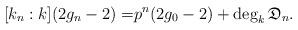
LaTeX: \begin{align*}[k_n:k](2 g_n - 2) =& p^{n} ( 2 g_0 - 2 ) + \deg_k \mathfrak{D}_n.\end{align*}